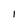
Character: 1